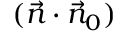
( \vec { n } \cdot \vec { n } _ { 0 } )